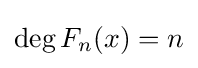
\deg F_{n}(x)=n